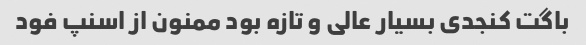
باگت کنجدی بسیار عالی و تازه بود ممنون از اسنپ فود